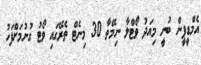
އެމްޑީޕީން ބުނީ މިއަދު ވޯޓްލާ ނިމޭތާ 30 މިނެޓް ތެރޭގައި ވޯޓު ގުނުމަށްފަހު